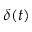
\delta ( t )